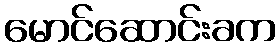
မောင်ဆောင်းခက